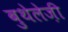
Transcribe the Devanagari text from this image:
बुथेलेज़ी